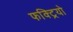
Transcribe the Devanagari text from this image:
फक्ट्रियो